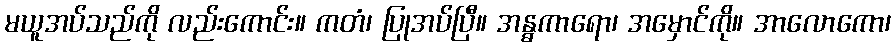
မယူအပ်သည်ကို လည်းကောင်း။ ကတံ၊ ပြုအပ်ပြီ။ အန္ဓကာရော၊ အမှောင်ကို။ အာလောကော၊